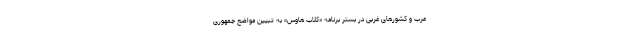
عرب و کشورهای غربی در بستر برنامه «کلاب هاوس» به تبیین مواضع جمهوری